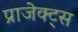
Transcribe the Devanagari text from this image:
प्राजेक्ट्स